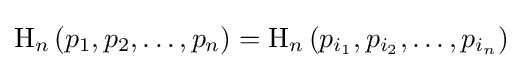
\mathrm {H} _{n}\left(p_{1},p_{2},\ldots ,p_{n}\right)=\mathrm {H} _{n}\left(p_{i_{1}},p_{i_{2}},\ldots ,p_{i_{n}}\right)